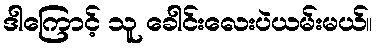
ဒါကြောင့် သူ ခေါင်းလေးပဲယမ်းမယ်။